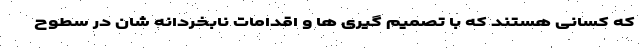
که کسانی هستند که با تصمیم گیری ها و اقدامات نابخردانه شان در سطوح